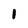
Character: I